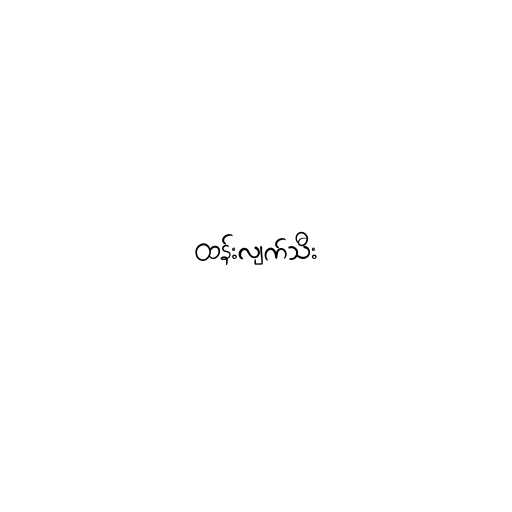
ထန်းလျက်သီး